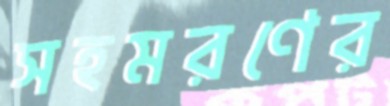
সহমরণের